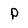
Character: p